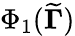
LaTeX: \Phi_{1}({\widetilde{\mathbf{\Gamma}}})